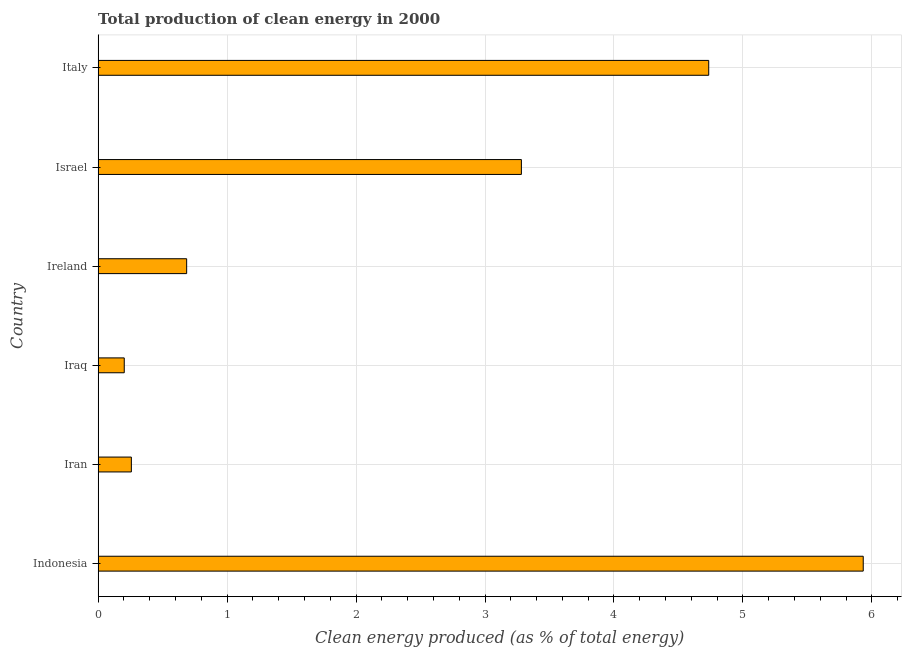
| Country | Alternative and nuclear energy |
 | --- | --- |
 | Indonesia | 5.93 |
 | Iran | 0.258 |
 | Iraq | 0.203 |
 | Ireland | 0.687 |
 | Israel | 3.28 |
 | Italy | 4.73 |